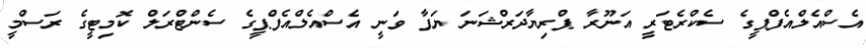
އެސްއެލްއެފްޕީގެ ސެކްރެޓަރީ އަނޫރާ ޕްރިޔާދަރްޝަނަ ޔަޕާ ވަނީ އެސްއެލްއެފްޕީގެ ސެންޓްރަލް ކޮމިޓީގެ ރަސްމީ